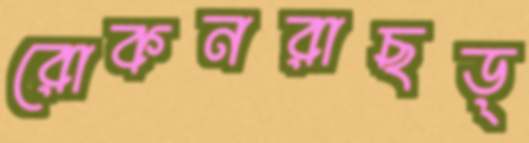
রোকনরাছড়্‌